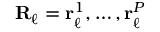
{ \bf R } _ { \ell } = { \bf r } _ { \ell } ^ { 1 } , \ldots , { \bf r } _ { \ell } ^ { P }